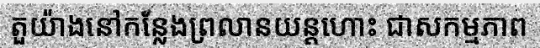
តួយ៉ាងនៅកន្លែងព្រលានយន្តហោះ ជាសកម្មភាព